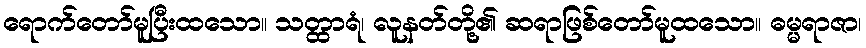
ရောက်တော်မူပြီးထသော။ သတ္ထာရံ၊ လူနတ်တို့၏ ဆရာဖြစ်တော်မူထသော။ ဓမ္မရာဇာ၊